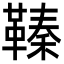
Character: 𩌘